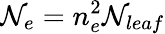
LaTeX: \mathcal{N}_{e}=n_{e}^{2}\mathcal{N}_{leaf}